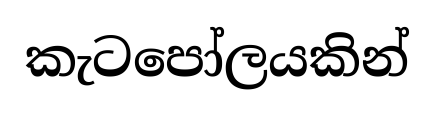
කැටපෝලයකින්